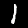
Label: 1